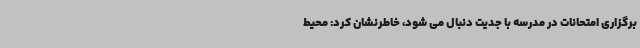
برگزاری امتحانات در مدرسه با جدیت دنبال می شود، خاطرنشان کرد: محیط